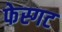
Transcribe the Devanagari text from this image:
फेस्गट